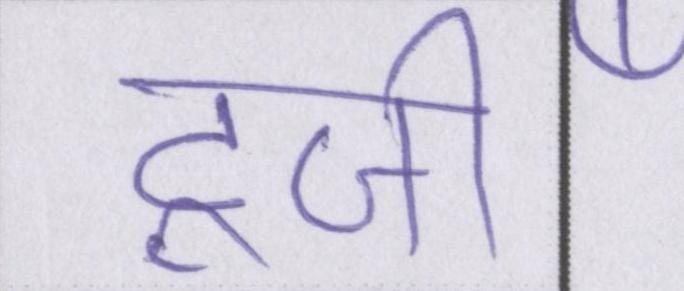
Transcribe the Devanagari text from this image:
टूजी